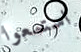
استمعوا